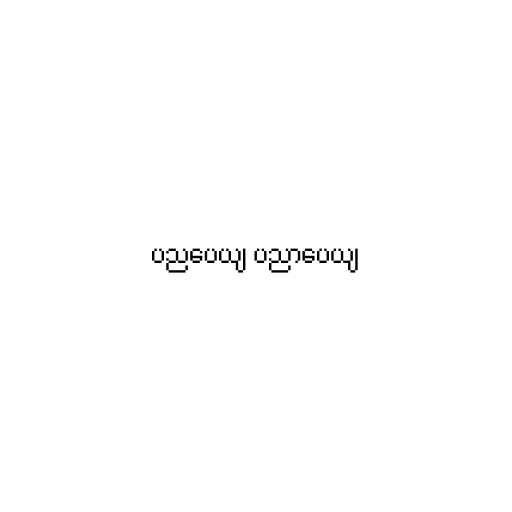
ပညပေယျ ပညာပေယျ